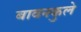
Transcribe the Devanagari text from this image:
बावनकुले